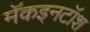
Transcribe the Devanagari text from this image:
मॅकइनटॉश